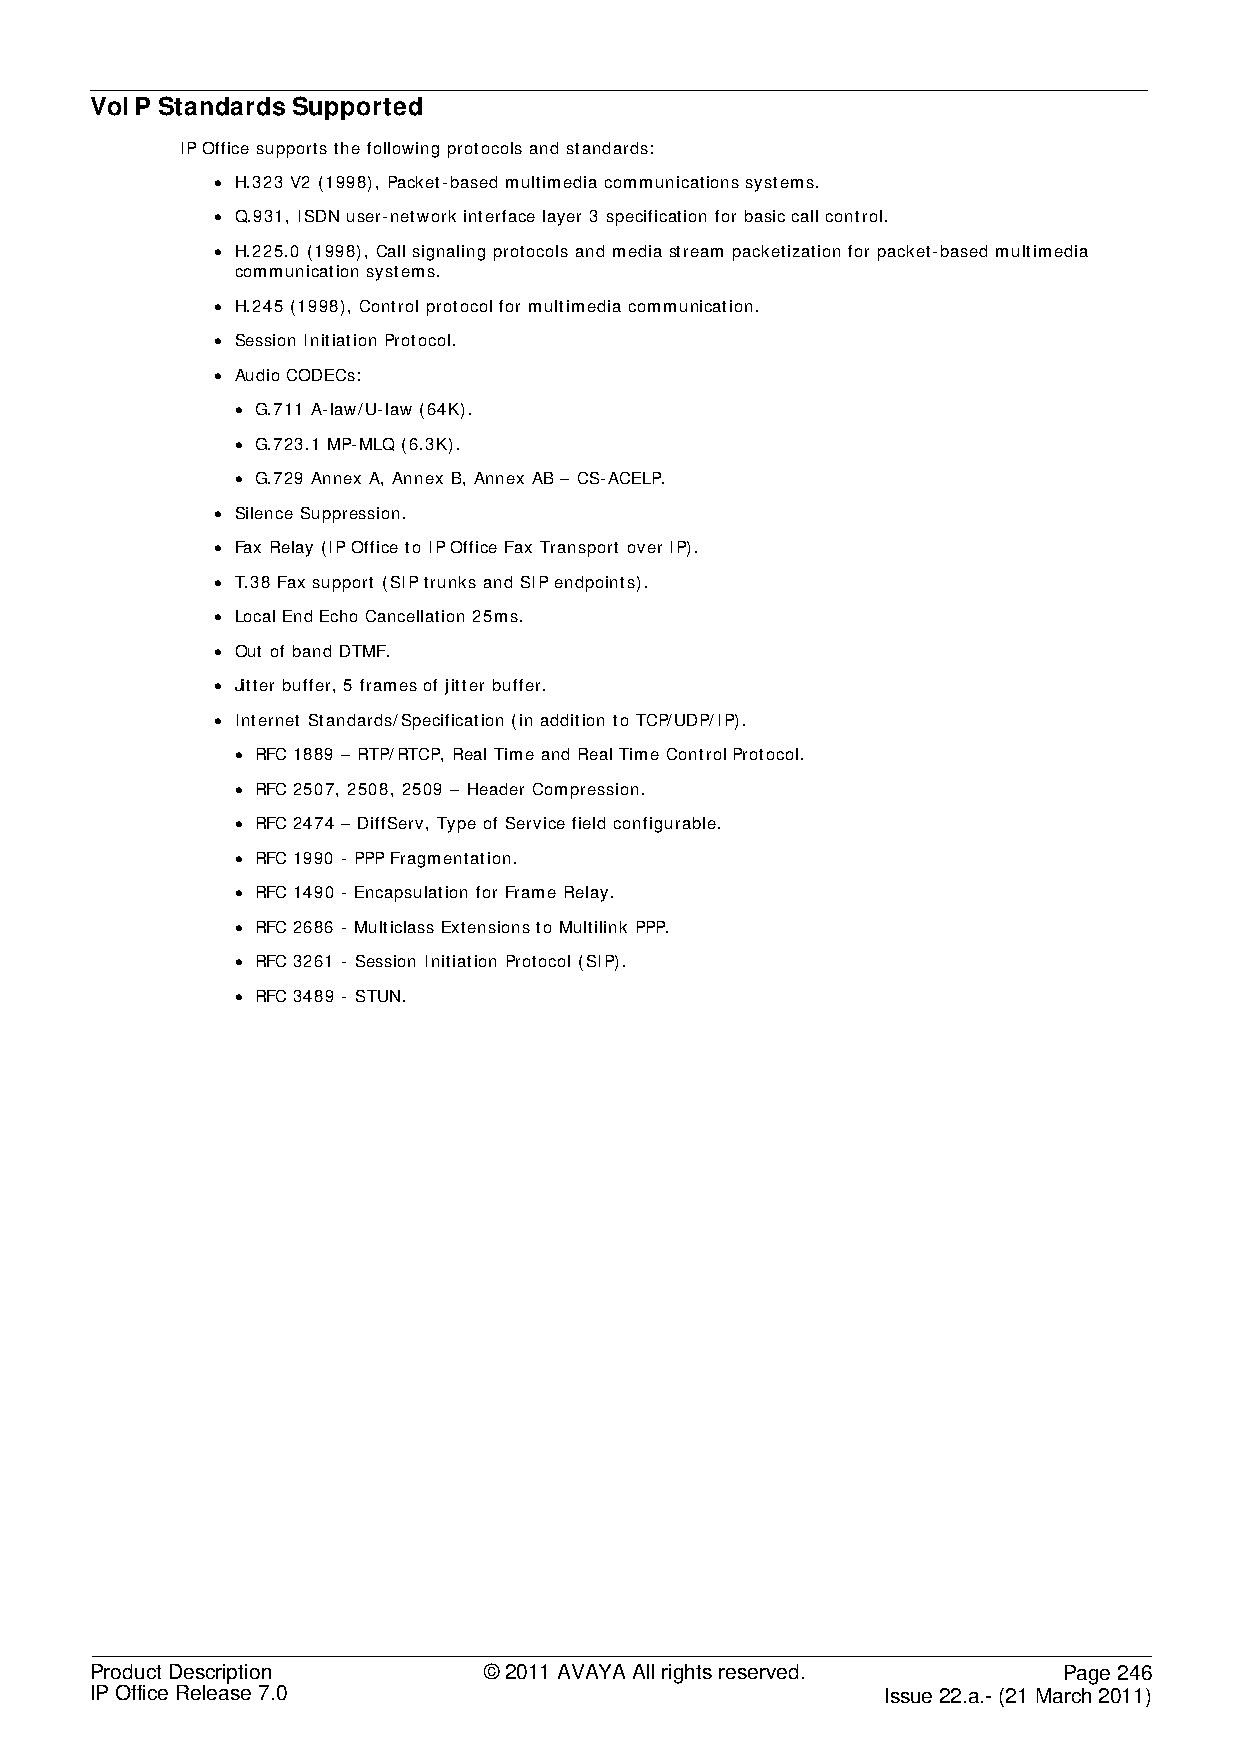
VoIP Standards Supported
 IP Office supports the following protocols and standards:
 • H.323 V2 (1998), Packet-based multimedia communications systems.
 • Q.931, ISDN user-network interface layer 3 specification for basic call control.
 • H.225.0 (1998), Call signaling protocols and media stream packetization for packet-based multimedia
 communication systems.
 • H.245 (1998), Control protocol for multimedia communication.
 • Session Initiation Protocol.
 • Audio CODECs:
 • G.711 A-law/U-law (64K).
 • G.723.1 MP-MLQ (6.3K).
 • G.729 Annex A, Annex B, Annex AB – CS-ACELP.
 • Silence Suppression.
 • Fax Relay (IP Office to IP Office Fax Transport over IP).
 • T.38 Fax support (SIP trunks and SIP endpoints).
 • Local End Echo Cancellation 25ms.
 • Out of band DTMF.
 • Jitter buffer, 5 frames of jitter buffer.
 • Internet Standards/Specification (in addition to TCP/UDP/IP).
 • RFC 1889 – RTP/RTCP, Real Time and Real Time Control Protocol.
 • RFC 2507, 2508, 2509 – Header Compression.
 • RFC 2474 – DiffServ, Type of Service field configurable.
 • RFC 1990 - PPP Fragmentation.
 • RFC 1490 - Encapsulation for Frame Relay.
 • RFC 2686 - Multiclass Extensions to Multilink PPP.
 • RFC 3261 - Session Initiation Protocol (SIP).
 • RFC 3489 - STUN.
 Product Description       © 2011 AVAYA All rights reserved.     Page 246
 IP Office Release 7.0                                Issue 22.a.- (21 March 2011)